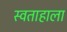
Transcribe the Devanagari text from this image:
स्वताहाला